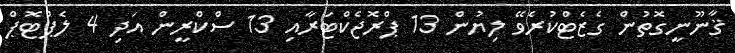
ޤާނޫނީގޮތުން ގެޒެޓްކުރެވޭ ލިޔުން 13 ޕްރޮޖެކްޓަރާއި 13 ސްކްރީން އަދި 4 ލެޕްޓޮޕް